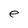
Character: e